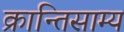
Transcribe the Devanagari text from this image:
क्रान्तिसाम्य